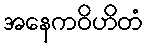
အနေကဝိဟိတံ